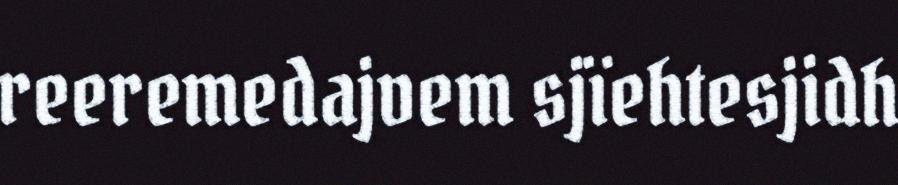
reeremedajvem sjïehtesjidh